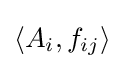
\langle A_{i},f_{ij}\rangle